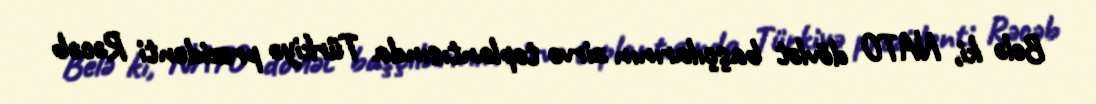
Belə ki, NATO dövlət başçılarının zirvə toplantısında Türkiyə prezidenti Rəcəb